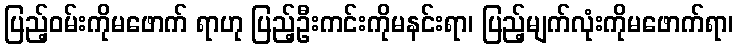
ပြည့်ဝမ်းကိုမဖောက် ရာဟု ပြည့်ဦးကင်းကိုမနင်းရာ၊ ပြည့်မျက်လုံးကိုမဖောက်ရာ၊